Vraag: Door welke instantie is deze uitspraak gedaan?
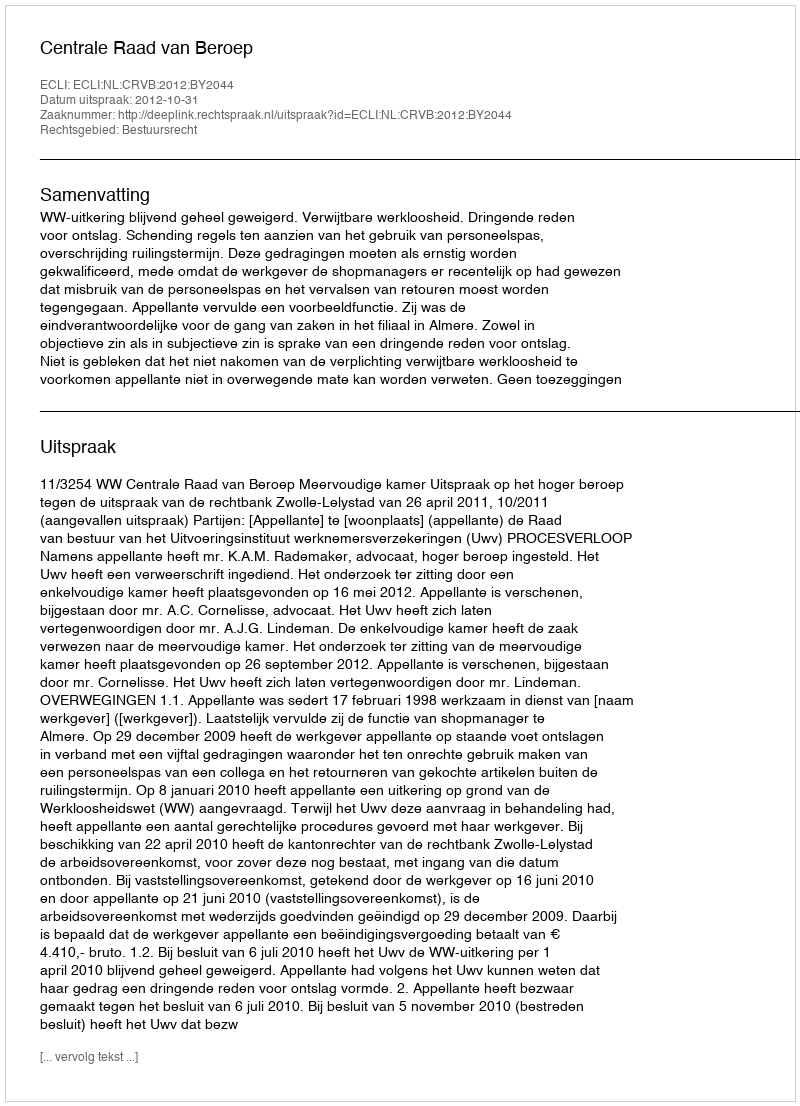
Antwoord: Centrale Raad van Beroep